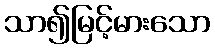
သာ၍မြင့်မားသော